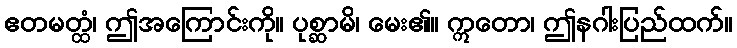
ဧတမတ္ထံ၊ ဤအကြောင်းကို။ ပုစ္ဆာမိ၊ မေး၏။ ဣတော၊ ဤနဂါးပြည်ထက်။